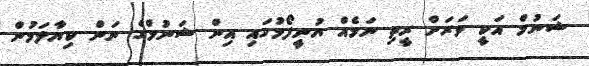
ޝަނުމް އަކީ ވަރަށް ރީތި ނަމެއް ޔުނީފޯމުގައި އިން ޝަނުމްގެ ނަން ކިޔާލަމުން